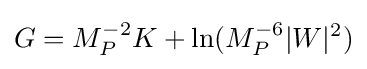
G=M_{P}^{-2}K+\ln(M_{P}^{-6}|W|^{2})